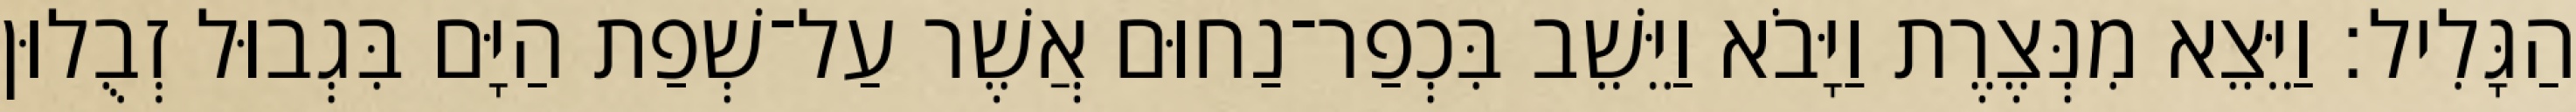
הַגָּלִיל׃ וַיֵּצֵא מִנְּצֶרֶת וַיָּבֹא וַיֵּשֵׁב בִּכְפַר־נַחוּם אֲשֶׁר עַל־שְׁפַת הַיָּם בִּגְבוּל זְבֻלוּן